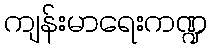
ကျန်းမာရေးကဏ္ဍ